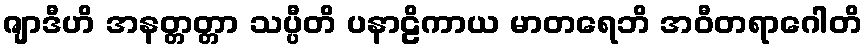
ဇျာဒီဟိ အနတ္တတ္တာ သပ္ပီတိ ပနာဠိကာယ မာတရေဘိ အဝီတရာဂေါတိ